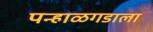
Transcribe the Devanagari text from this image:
पन्हाळगडाला